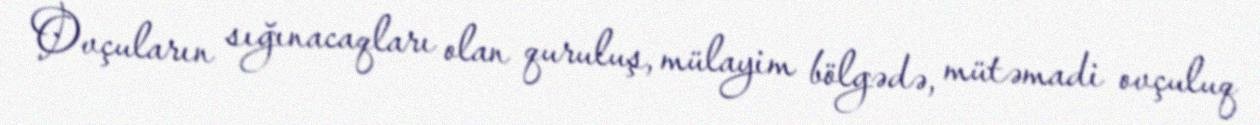
Ovçuların sığınacaqları olan quruluş, mülayim bölgədə, mütəmadi ovçuluq